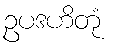
ဥပဒဟိတုံ